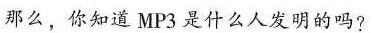
那么，你知道MP3是什么人发明的吗?